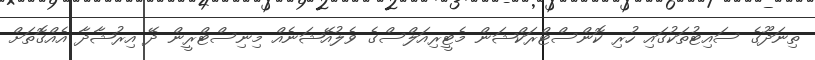
ތިނަދޫގެ ސައިޓުތަކުގައި ހުރި ކޮންސްޓްރަކްޝަން މެޓީރިއަލްސްގެ ވެލުއޭޝަނެއް މިނިސްޓްރީން ދޭ އިރުޝާދާ އެއްގޮތަށް